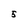
Character: 5